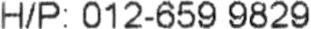
H/P: 012-659 9829